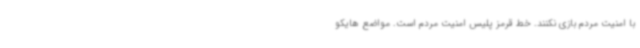
با امنیت مردم بازی نکنند. خط قرمز پلیس امنیت مردم است. مواضع هایکو